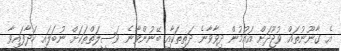
އެ ގާނޫނުތައް ވުޖޫދަށް އައުމުން ދިވާވާނެ ދަތިތަކާއި ބޭނުންވާނެ ވަސީލަތްތަކަށް ނުބަލައި ހަދާފައިވާ